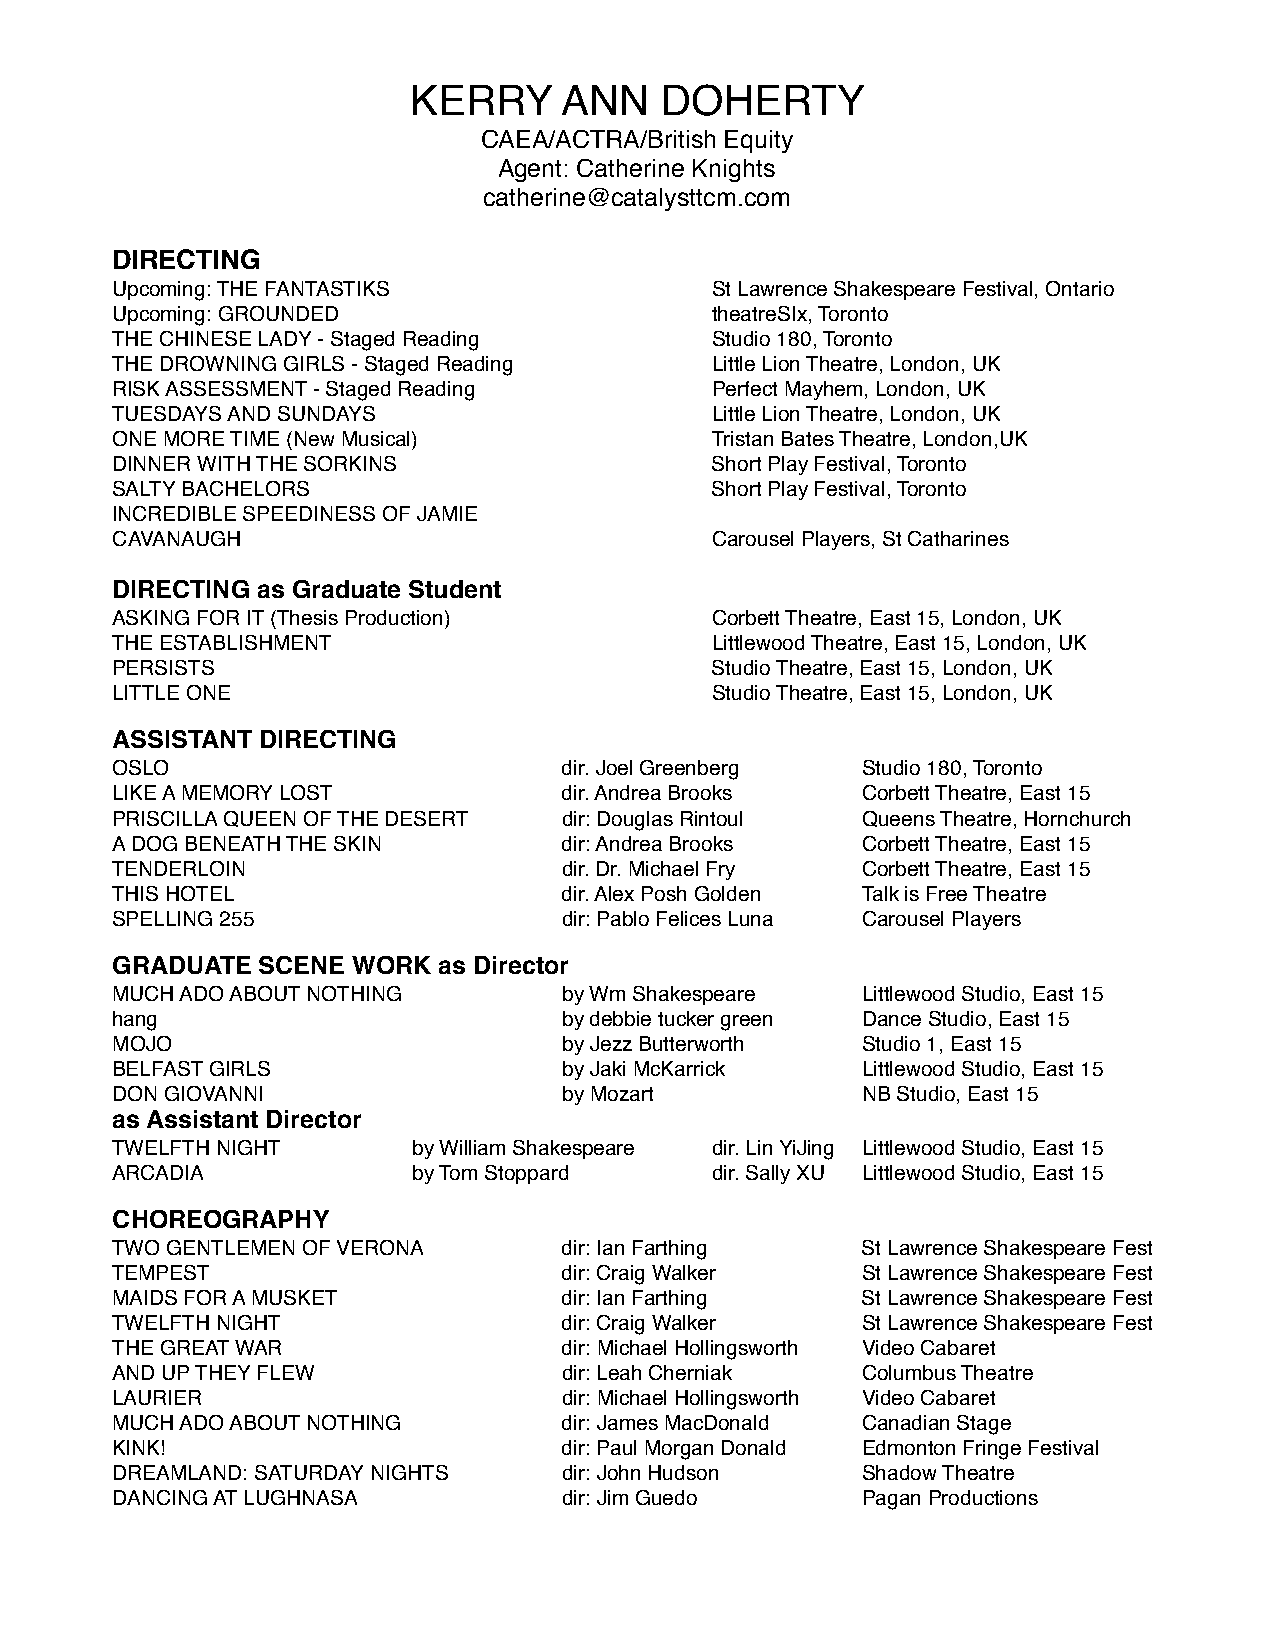
KERRY     ANN    DOHERTY
 CAEA/ACTRA/British Equity
 Agent: Catherine Knights
 catherine@catalysttcm.com
 DIRECTING
 Upcoming: THE FANTASTIKS                St Lawrence Shakespeare Festival, Ontario
 Upcoming: GROUNDED                      theatreSIx, Toronto
 THE CHINESE LADY - Staged Reading       Studio 180, Toronto
 THE DROWNING GIRLS - Staged Reading     Little Lion Theatre, London, UK
 RISK ASSESSMENT - Staged Reading        Perfect Mayhem, London, UK
 TUESDAYS AND SUNDAYS                    Little Lion Theatre, London, UK
 ONE MORE TIME (New Musical)             Tristan Bates Theatre, London,UK
 DINNER WITH THE SORKINS                 Short Play Festival, Toronto
 SALTY BACHELORS                         Short Play Festival, Toronto
 INCREDIBLE SPEEDINESS OF JAMIE
 CAVANAUGH                               Carousel Players, St Catharines
 DIRECTING as Graduate Student
 ASKING FOR IT (Thesis Production)       Corbett Theatre, East 15, London, UK
 THE ESTABLISHMENT                       Littlewood Theatre, East 15, London, UK
 PERSISTS                                Studio Theatre, East 15, London, UK
 LITTLE ONE                              Studio Theatre, East 15, London, UK
 ASSISTANT DIRECTING
 OSLO                          dir. Joel Greenberg Studio 180, Toronto
 LIKE A MEMORY LOST            dir. Andrea Brooks  Corbett Theatre, East 15
 PRISCILLA QUEEN OF THE DESERT dir: Douglas Rintoul Queens Theatre, Hornchurch
 A DOG BENEATH THE SKIN        dir: Andrea Brooks  Corbett Theatre, East 15
 TENDERLOIN                    dir. Dr. Michael Fry Corbett Theatre, East 15
 THIS HOTEL                    dir. Alex Posh Golden Talk is Free Theatre
 SPELLING 255                  dir: Pablo Felices Luna Carousel Players
 GRADUATE  SCENE WORK  as Director
 MUCH ADO ABOUT NOTHING        by Wm Shakespeare   Littlewood Studio, East 15
 hang                          by debbie tucker green Dance Studio, East 15
 MOJO                          by Jezz Butterworth Studio 1, East 15
 BELFAST GIRLS                 by Jaki McKarrick   Littlewood Studio, East 15
 DON GIOVANNI                  by Mozart           NB Studio, East 15
 as Assistant Director
 TWELFTH NIGHT       by William Shakespeare dir. Lin YiJing Littlewood Studio, East 15
 ARCADIA             by Tom Stoppard     dir. Sally XU Littlewood Studio, East 15
 CHOREOGRAPHY
 TWO GENTLEMEN OF VERONA       dir: Ian Farthing   St Lawrence Shakespeare Fest
 TEMPEST                       dir: Craig Walker   St Lawrence Shakespeare Fest
 MAIDS FOR A MUSKET            dir: Ian Farthing   St Lawrence Shakespeare Fest
 TWELFTH NIGHT                 dir: Craig Walker   St Lawrence Shakespeare Fest
 THE GREAT WAR                 dir: Michael Hollingsworth Video Cabaret
 AND UP THEY FLEW              dir: Leah Cherniak  Columbus Theatre
 LAURIER                       dir: Michael Hollingsworth Video Cabaret
 MUCH ADO ABOUT NOTHING        dir: James MacDonald Canadian Stage
 KINK!                         dir: Paul Morgan Donald Edmonton Fringe Festival
 DREAMLAND: SATURDAY NIGHTS    dir: John Hudson    Shadow Theatre
 DANCING AT LUGHNASA           dir: Jim Guedo      Pagan Productions